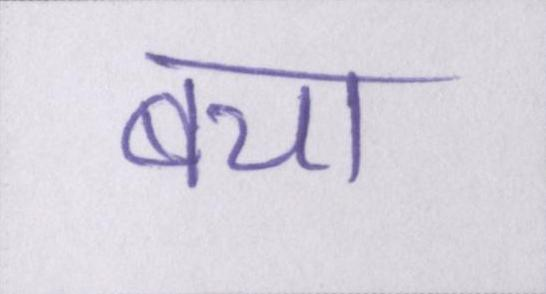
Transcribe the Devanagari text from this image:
बचा